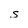
Character: s